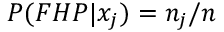
P ( F H P | x _ { j } ) = n _ { j } / n